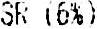
SR (6%)